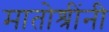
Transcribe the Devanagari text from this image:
मातोश्रींनी